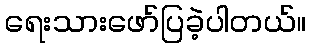
ရေးသားဖော်ပြခဲ့ပါတယ်။